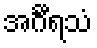
အင်္ဂီရသံ